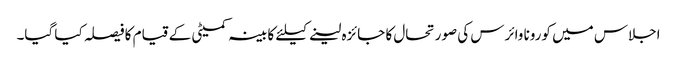
اجلاس میں کورونا وائرس کی صورتحال کا جائزہ لینے کیلئے کابینہ کمیٹی کے قیام کا فیصلہ کیا گیا۔